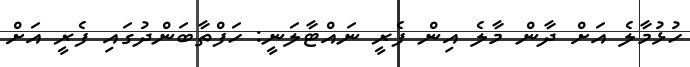
ހުޅުމާލެ އަށް ދާން މާލެ އިން ފެރީ ނައްޓާލަނީ: ހަފްތާބަންދުގައި ފެރީ އަށް